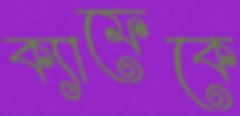
ক্যাফেকে